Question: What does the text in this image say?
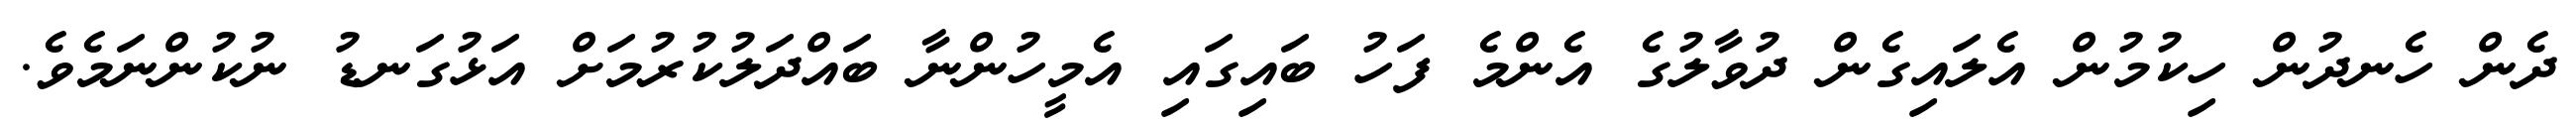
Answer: ދެން ހެނދުން ހިކުމުން އެލައިގެން ދުވާލުގެ އެންމެ ފަހު ބައިގައި އެމީހުންނާ ބައްދަލުކުރުމަށް އަޅުގަނޑު ނުކުންނަމެވެ.